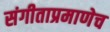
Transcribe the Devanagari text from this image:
संगीताप्रमाणेच